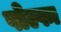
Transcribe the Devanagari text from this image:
पोल्फा